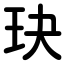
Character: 玦